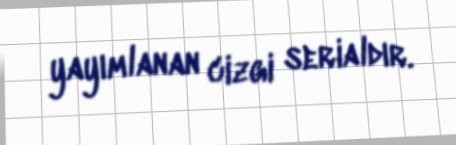
yayımlanan cizgi serialdır.